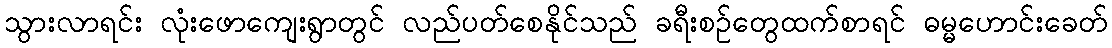
သွားလာရင်း လုံးဖောကျေးရွာတွင် လည်ပတ်စေနိုင်သည် ခရီးစဉ်တွေထက်စာရင် ဓမ္မဟောင်းခေတ်